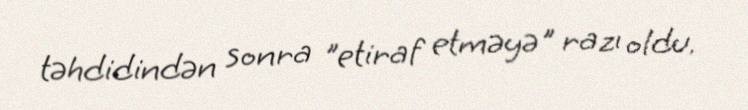
təhdidindən sonra "etiraf etməyə" razı oldu.